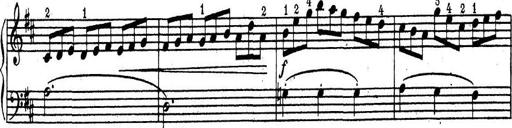
Title: ÄŒeskÃ© Sonatiny
Composer: Various